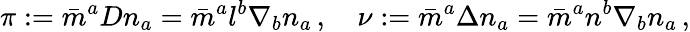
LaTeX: \pi:={\bar{m}}^{a}Dn_{a}={\bar{m}}^{a}l^{b}\nabla_{b}n_{a}\, ,\quad\nu:={\bar{m}}^{a}\Delta n_{a}={\bar{m}}^{a}n^{b}\nabla_{b}n_{a}\, ,